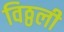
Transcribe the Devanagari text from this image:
विठ्ठली